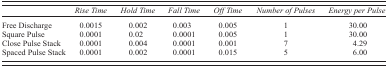
|  | Rise Time | Hold Time | Fall Time | Off Time | Number of Pulses | Energy per Pulse |
 | --- | --- | --- | --- | --- | --- | --- |
 | Free Discharge | 0.0015 | 0.002 | 0.003 | 0.005 | 1 | 30.00 |
 | Square Pulse | 0.0001 | 0.02 | 0.0001 | 0.005 | 1 | 30.00 |
 | Close Pulse Stack | 0.0001 | 0.004 | 0.0001 | 0.001 | 7 | 4.29 |
 | Spaced Pulse Stack | 0.0001 | 0.002 | 0.0001 | 0.015 | 5 | 6.00 |